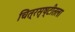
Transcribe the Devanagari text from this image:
चित्रसृष्टीतला